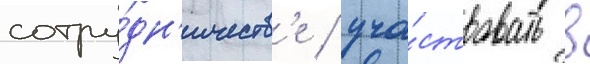
сотру́дн'ичеств'е / уча́ствовать в